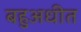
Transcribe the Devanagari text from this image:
बहुअधीत